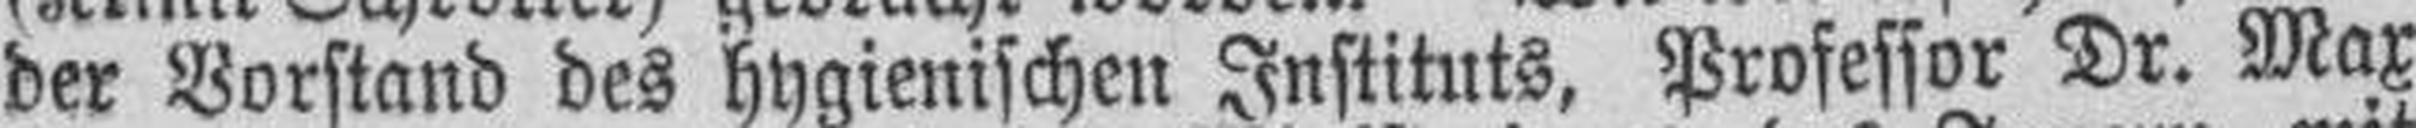
der Vorstand des hygienischen Instituts, Professor Dr. Max